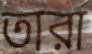
তারা